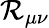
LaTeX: \mathcal{R}_{\mu\nu}